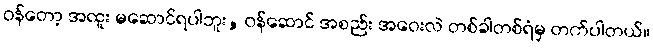
ဝန်တော့ အထူး မဆောင်ရပါဘူး, ဝန်ဆောင် အစည်း အဝေးလဲ တစ်ခါတစ်ရံမှ တက်ပါတယ်။